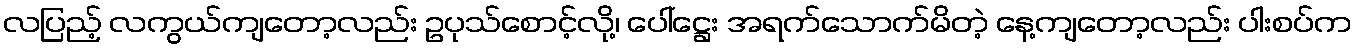
လပြည့် လကွယ်ကျတော့လည်း ဥပုသ်စောင့်လို့၊ ပေါ်ဋ္ဌေး အရက်သောက်မိတဲ့ နေ့ကျတော့လည်း ပါးစပ်က